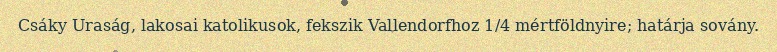
Csáky Uraság, lakosai katolikusok, fekszik Vallendorfhoz 1/4 mértföldnyire; határja sovány.